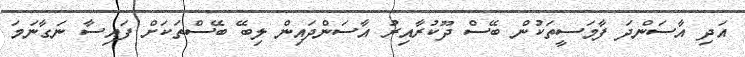
އަދި އާސަންދަ ފާމަސީތަކުން ބޭސް ދޫކުރާއިރު އާސަންދައިން ލިބޭ ބޭސްތަކަށް ފައިސާ ނަގާނަމަ